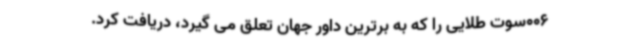
006سوت طلایی را که به برترین داور جهان تعلق می گیرد، دریافت کرد.